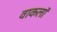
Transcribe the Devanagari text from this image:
वाकलॉ